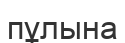
пұлына